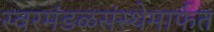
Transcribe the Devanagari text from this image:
स्वरमंडळसंस्थेमार्फत